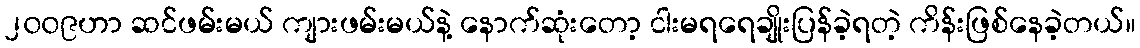
၂၀၀၉ဟာ ဆင်ဖမ်းမယ် ကျားဖမ်းမယ်နဲ့ နောက်ဆုံးတော့ ငါးမရရေချိုးပြန်ခဲ့ရတဲ့ ကိန်းဖြစ်နေခဲ့တယ်။